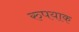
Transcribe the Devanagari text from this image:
रुपयाक